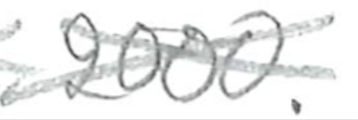
Text: 2000.
Cross-out: cross
Writing tool: pencil